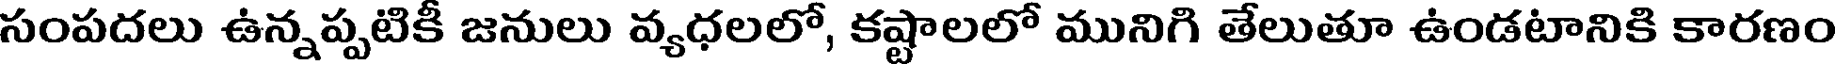
సంపదలు ఉన్నప్పటికీ జనులు వ్యధలలో, కష్టాలలో మునిగి తేలుతూ ఉండటానికి కారణం